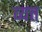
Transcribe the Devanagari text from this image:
व्यत्त